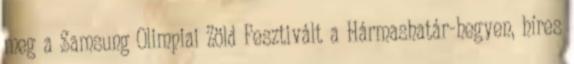
meg a Samsung Olimpiai Zöld Fesztivált a Hármashatár-hegyen, híres